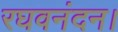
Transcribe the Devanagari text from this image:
रघवनंदन।